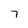
Character: 7